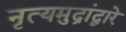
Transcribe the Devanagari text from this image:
नृत्यमुद्रांद्वारे